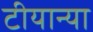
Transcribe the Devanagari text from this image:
टीयान्या